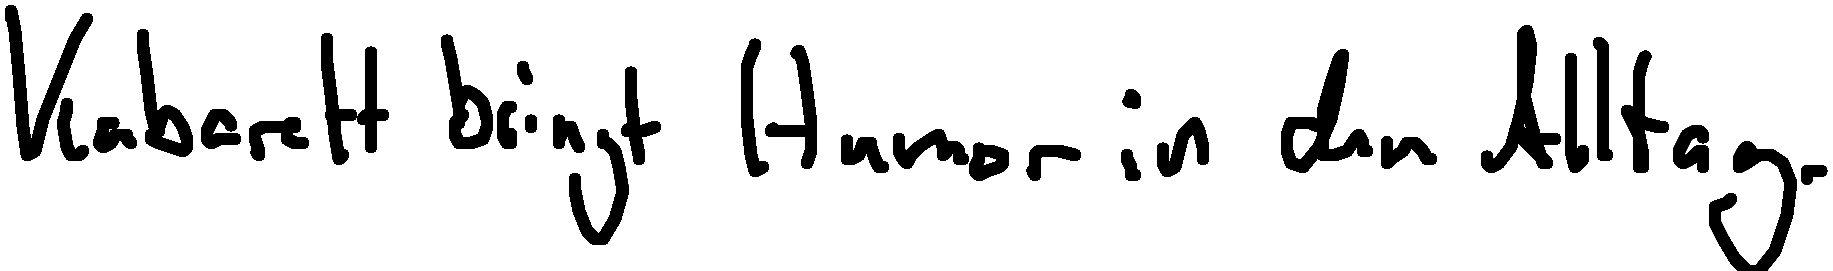
Kabarett bringt Humor in den Alltag.